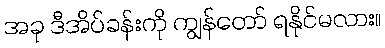
အခု ဒီအိပ်ခန်းကို ကျွန်တော် ရနိုင်မလား။